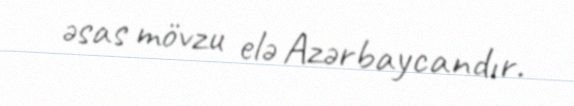
əsas mövzu elə Azərbaycandır.